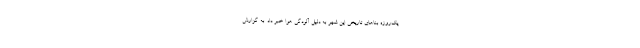
یک‌روزه بناهای تاریخی این شهر به دلیل آلودگی هوا خبر داد. به‌ گزارش